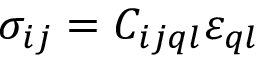
\sigma _ { i j } = C _ { i j q l } \varepsilon _ { q l }